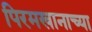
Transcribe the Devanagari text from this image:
पिरमखानाच्या